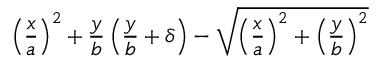
\displaystyle \left( \frac { x } { a } \right) ^ { 2 } + \frac { y } { b } \left( \frac { y } { b } + \delta \right) - \sqrt { \left( \frac { x } { a } \right) ^ { 2 } + \left( \frac { y } { b } \right) ^ { 2 } }